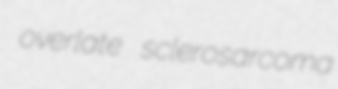
overlate sclerosarcoma